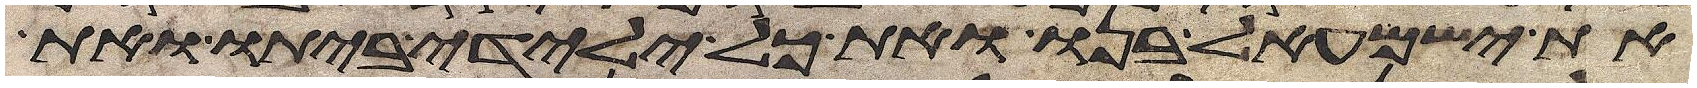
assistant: את ישמעאל בנו ואת כל ילידי ביתו ואת